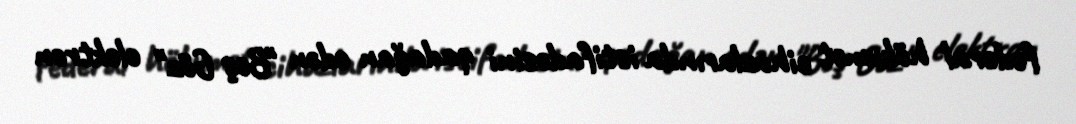
federal hökumət cihazlarında istifadəsini qadağan edən "Beş Göz" elektron